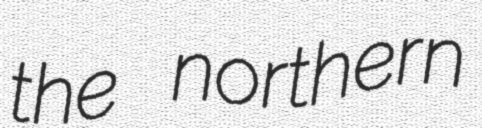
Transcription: the northern